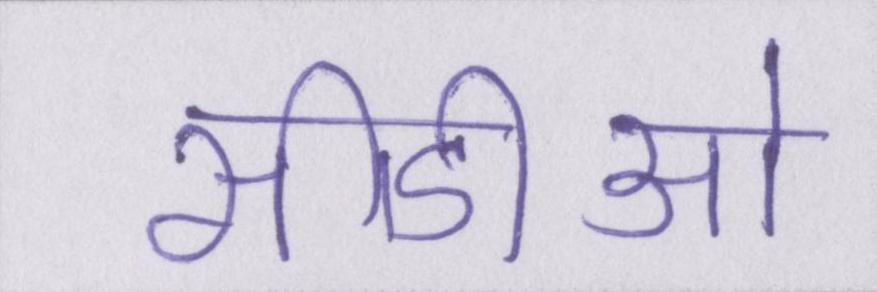
सीडीओ